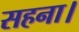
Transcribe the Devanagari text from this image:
सहना।